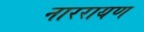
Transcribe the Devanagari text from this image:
नाररायण